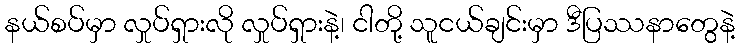
နယ်စပ်မှာ လှုပ်ရှားလို လှုပ်ရှားနဲ့၊ ငါတို့ သူငယ်ချင်းမှာ ဒီပြဿနာတွေနဲ့